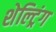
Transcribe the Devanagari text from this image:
शेल्ट्रिंग